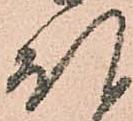
ほ